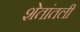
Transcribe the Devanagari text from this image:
शेतांतली